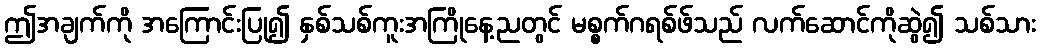
ဤအချက်ကို အကြောင်းပြု၍ နှစ်သစ်ကူးအကြိုနေ့ညတွင် မစ္စက်ဂရစ်ဖ်သည် လက်ဆောင်ကိုဆွဲ၍ သစ်သား